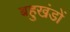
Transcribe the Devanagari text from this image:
बहुखंडों